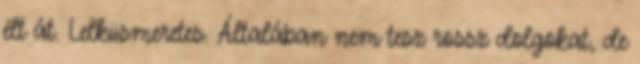
élt át. Lelkiismeretes. Általában nem tesz rossz dolgokat, de